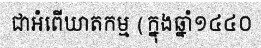
ជាអំពើឃាតកម្ម (ក្នុងឆ្នាំ១៤៤០